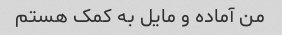
من آماده و مایل به کمک هستم